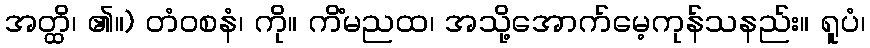
အတ္ထိ၊ ၏။) တံဝစနံ၊ ကို။ ကိံမညထ၊ အသို့အောက်မေ့ကုန်သနည်း။ ရူပံ၊